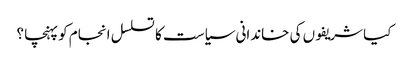
کیا شریفوں کی خاندانی سیاست کا تسلسل انجام کو پہنچا ؟